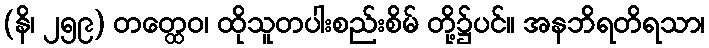
(နိ၊ ၂၅၉) တတ္ထေဝ၊ ထိုသူတပါးစည်းစိမ် တို့၌ပင်။ အနဘိရတိရသာ၊